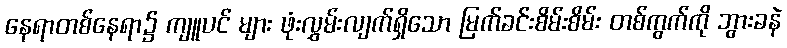
နေရာတစ်နေရာ၌ ကျူပင် များ ဖုံးလွှမ်းလျက်ရှိသော မြက်ခင်းစိမ်းစိမ်း တစ်ကွက်ကို ဘွားခနဲ